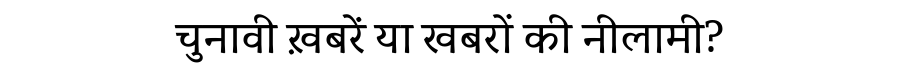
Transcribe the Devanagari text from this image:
चुनावी ख़बरें या खबरों की नीलामी?